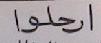
ارحلوا